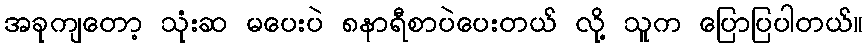
အခုကျတော့ သုံးဆ မပေးပဲ ၈နာရီစာပဲပေးတယ် လို့ သူက ပြောပြပါတယ်။